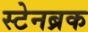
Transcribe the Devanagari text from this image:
स्टेनब्रक